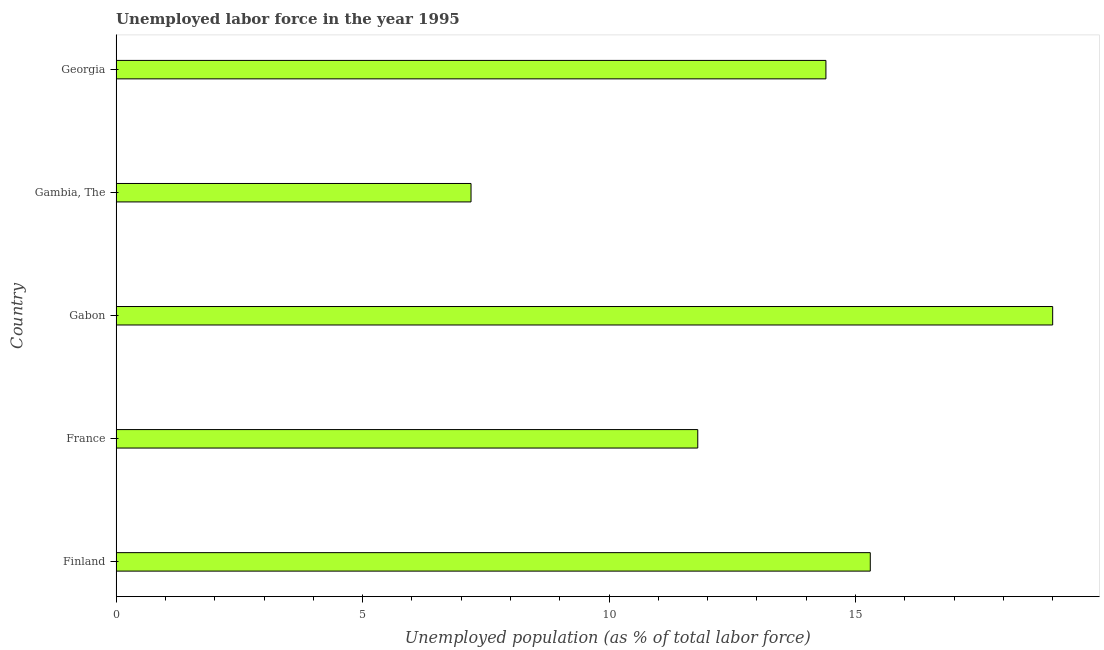
| Country | Unemployment |
 | --- | --- |
 | Finland | 15.3 |
 | France | 11.8 |
 | Gabon | 19 |
 | Gambia, The | 7.2 |
 | Georgia | 14.4 |